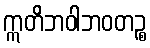
ဣတိဘဝါဘဝတဉ္စ